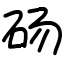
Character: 砀